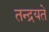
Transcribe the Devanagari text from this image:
तन्द्रयते